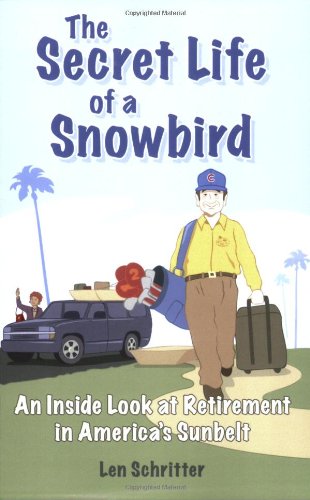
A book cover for The Secret Life of a Snowbird: An Inside Look at Retirement in America's Sunbelt; Len Schritter; Travel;